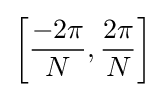
\left[{\frac {-2\pi }{N}},{\frac {2\pi }{N}}\right]